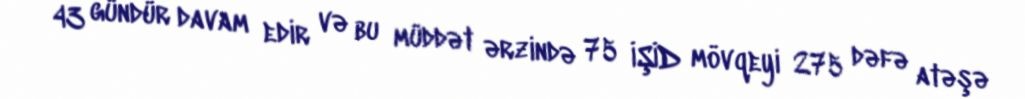
43 gündür davam edir və bu müddət ərzində 75 İŞİD mövqeyi 275 dəfə atəşə